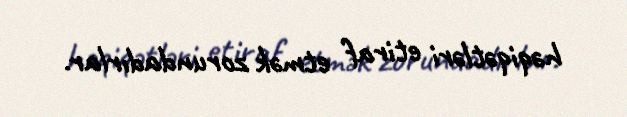
həqiqətləri etiraf etmək zorundadırlar.